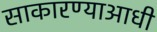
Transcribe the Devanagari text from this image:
साकारण्याआधी